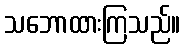
သဘောထားကြသည်။